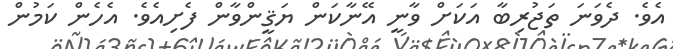
އެވެ. ދެވަނަ ތަޖުރިބާ އަކަށް ވާނީ އޭނާކަން ޔަޤީންވާން ފެށިއެވެ. އެހެން ކަމުން